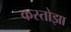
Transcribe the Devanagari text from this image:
कस्तोझा